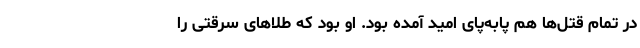
در تمام قتل‌ها هم پابه‌پای امید آمده بود. او بود که طلاهای سرقتی را